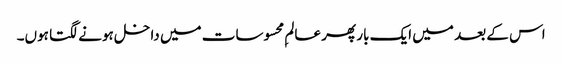
اس کے بعد میں ایک بار پھر عالمِ محسوسات میں داخل ہونے لگتا ہوں۔